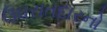
ઉઘરાતદારનો